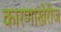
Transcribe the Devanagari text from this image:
कारणाखेरीज